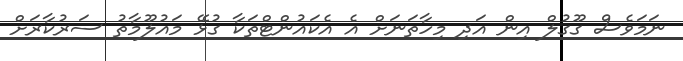
ނަމަވެސް ގޫގުލް އިން އަދި މިހާތަނަށް އެ އެކައުންޓްތަކާ ގުޅޭ މައުލޫމާތު ސަރުކާރަށް